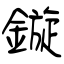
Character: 鏇